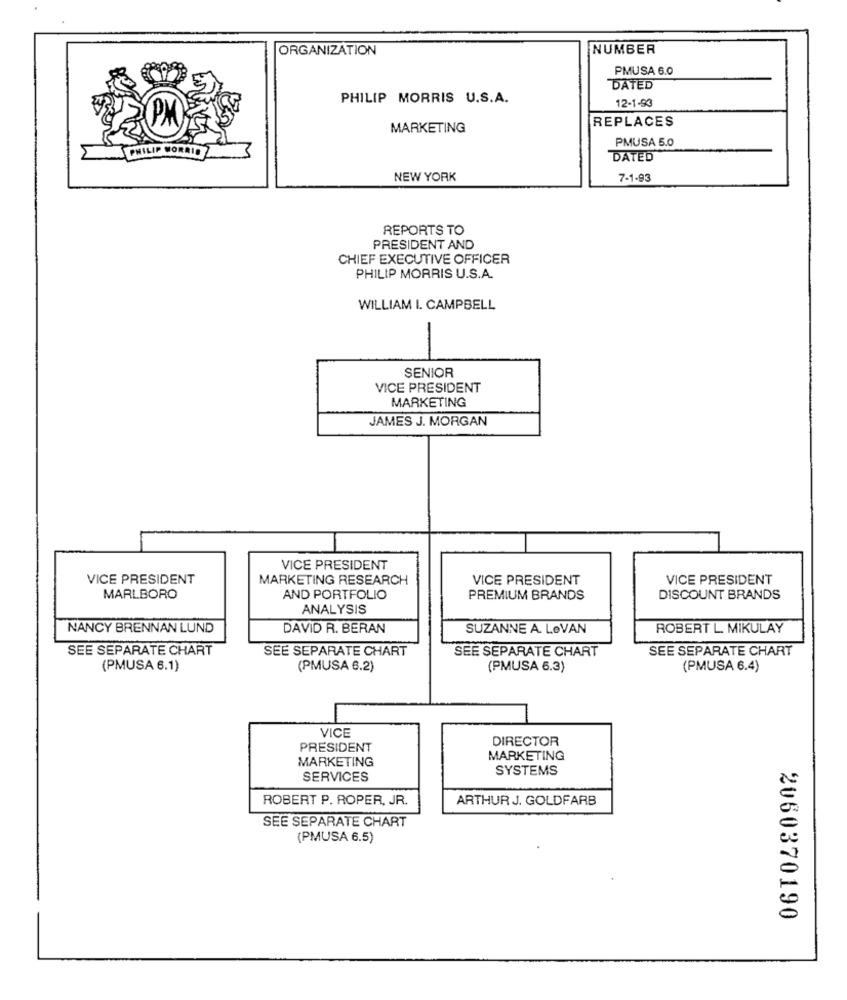
ORGANIZATION
NUMBER
PMUSA 6.0
DATED
PHILIP MORRIS U.S.A.
12-1-93
REPLACES
MARKETING
PMUSA 5.0
PHILIP MORRIS
DATED
NEW YORK
7-1-93
REPORTS TO
PRESIDENT AND
CHIEF EXECUTIVE OFFICER
PHILIP MORRIS U.S.A.
WILLIAM I. CAMPBELL
-
SENIOR
VICE PRESIDENT
MARKETING
JAMES J. MORGAN
VICE PRESIDENT
VICE PRESIDENT
MARKETING RESEARCH
VICE PRESIDENT
VICE PRESIDENT
MARLBORO
AND PORTFOLIO
PREMIUM BRANDS
DISCOUNT BRANDS
ANALYSIS
NANCY BRENNAN LUND
DAVID R. BERAN
SUZANNE A. LeVAN
ROBERT L. MIKULAY
SEE SEPARATE CHART
SEE SEPARATE CHART
SEE SEPARATE CHART
SEE SEPARATE CHART
(PMUSA 6.1)
(PMUSA 6.2)
(PMUSA 6.3)
(PMUSA 6.4)
VICE
DIRECTOR
PRESIDENT
MARKETING
MARKETING
SYSTEMS
SERVICES
ROBERT P. ROPER, JR.
ARTHUR J. GOLDFARB
SEE SEPARATE CHART
(PMUSA 6.5)
2060370190